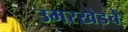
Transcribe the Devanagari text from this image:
उमरखेडचे